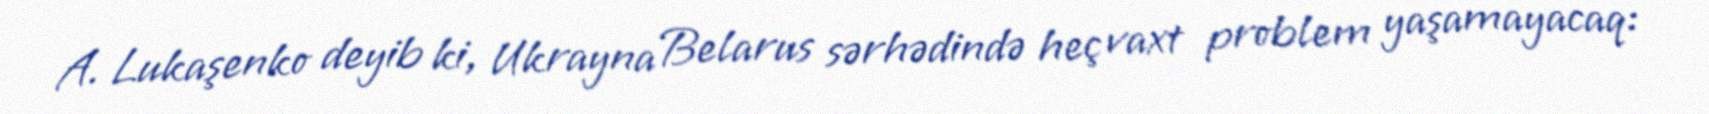
A. Lukaşenko deyib ki, Ukrayna Belarus sərhədində heç vaxt problem yaşamayacaq: